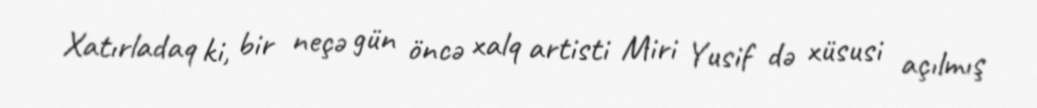
Xatırladaq ki, bir neçə gün öncə xalq artisti Miri Yusif də xüsusi açılmış